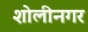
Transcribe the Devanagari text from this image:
शोलीनगर